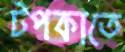
টপকাতে